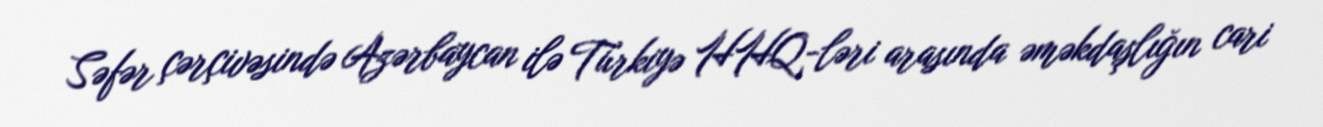
Səfər çərçivəsində Azərbaycan ilə Türkiyə HHQ-ləri arasında əməkdaşlığın cari